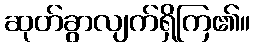
ဆုတ်ခွာလျက်ရှိကြ၏။